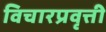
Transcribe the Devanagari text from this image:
विचारप्रवृत्ती